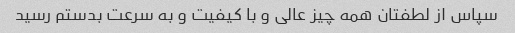
سپاس از لطفتان همه چیز عالی و با کیفیت و به سرعت بدستم رسید